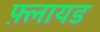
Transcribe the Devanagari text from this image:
फ़्लायड